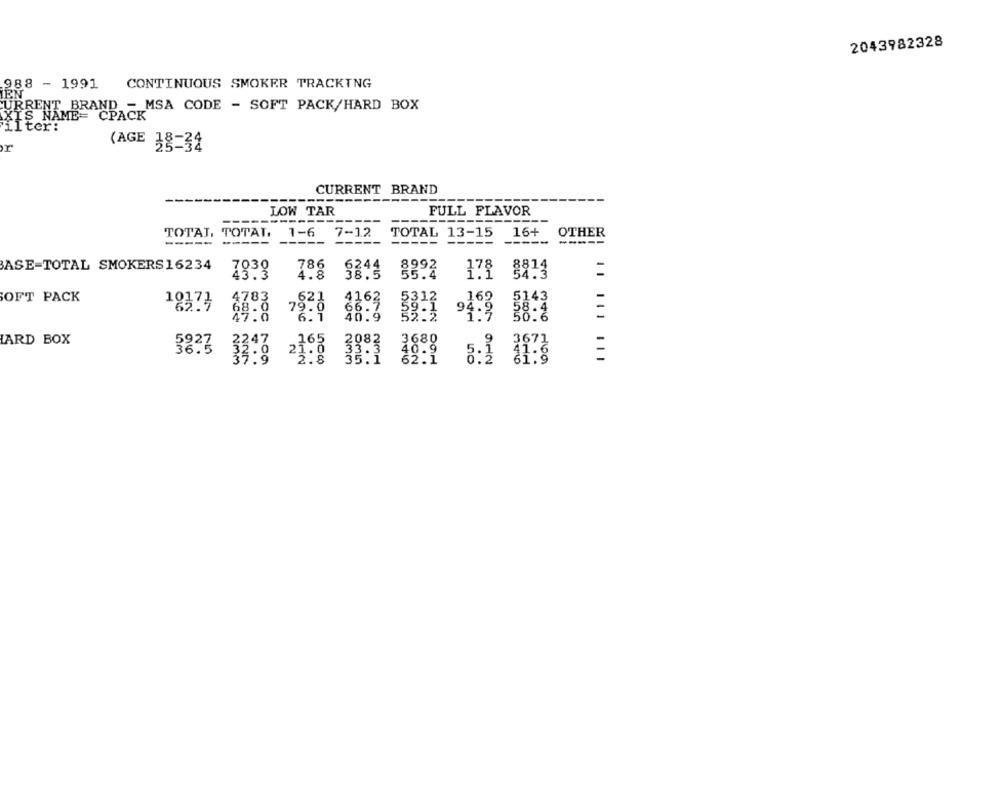
2043982328
988 - 1991
CONTINUOUS SMOKER TRACKING
CURRENT BRAND - MSA CODE - SOFT PACK/HARD BOX
AIS NAME=
iiter:
r
(AGE 38-34
CURRENT BRAND
---
--
----
LOW TAR
FULL FLAVOR
-----------------
TOTAL, TOTAT.
1-6
7-12
TOTAL 13-15
16+
OTHER
-----
-----
-----
-----
BASE-TOTAL SMOKERS16234
8992
793º
om
178
OFT PACK
5312
169
1037}
4783
94.9 382
7928 4163
111
LARD BOX
,165
3680
.. 9
3671
38.3
.
-
33:9 21:8 38:1
$9:1